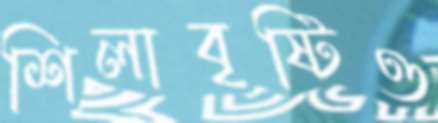
শিলাবৃষ্টিও